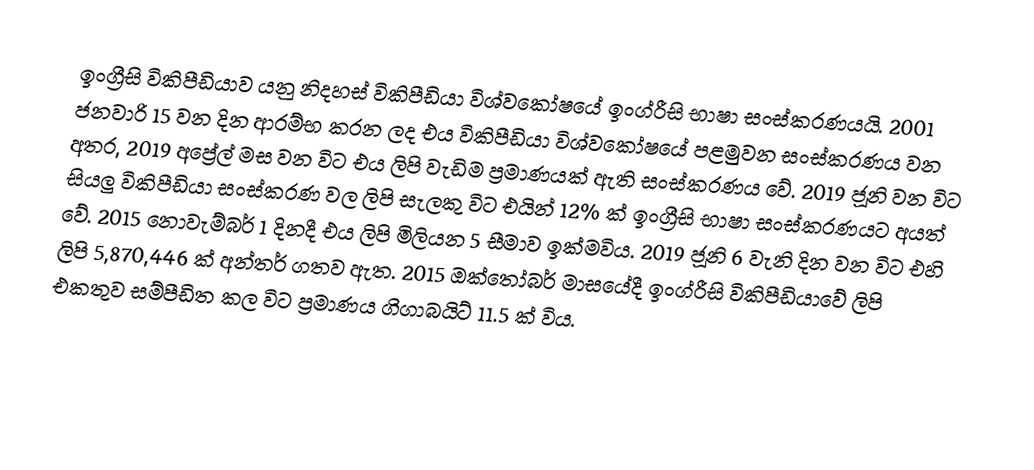
ඉංග්‍රීසි  විකිපීඩියාව යනු නිදහස් විකිපීඩියා විශ්වකෝෂයේ ඉංග්රීසි භාෂා සංස්කරණයයි. 2001 ජනවාරි 15 වන දින ආරම්භ කරන ලද එය විකිපීඩියා විශ්වකෝෂයේ පළමුවන සංස්කරණය වන අතර, 2019 අප්‍රේල් මස වන විට එය ලිපි වැඩිම ප්‍රමාණයක් ඇති සංස්කරණය වේ. 2019 ජූනි වන විට සියලු විකිපීඩියා සංස්කරණ වල ලිපි සැලකු විට එයින්  12% ක් ඉංග්‍රීසි භාෂා සංස්කරණයට අයත් වේ. 2015 නොවැම්බර් 1 දිනදී එය ලිපි මිලියන 5 සීමාව ඉක්මවිය. 2019 ජූනි 6 වැනි දින වන විට එහි ලිපි 5,870,446 ක් අන්තර් ගතව ඇත. 2015 ඔක්තෝබර් මාසයේදී ඉංග්රීසි විකිපීඩියාවේ ලිපි එකතුව සම්පීඩිත  කල විට ප්‍රමාණය ගිගාබයිට් 11.5 ක් විය.